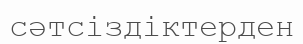
сәтсіздіктерден